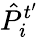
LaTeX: \hat{P}_{i}^{t^{\prime}}